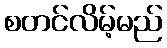
စတင်လိမ့်မည်